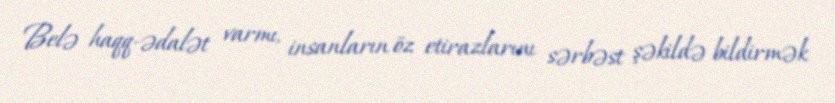
Belə haqq-ədalət varmı, insanların öz etirazlarını sərbəst şəkildə bildirmək